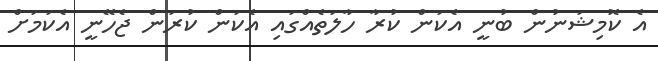
އެ ކޮމިޝަނުން ބުނީ އެކަން ކުރާ ހާލަތެއްގައި އެކަން ކުރަން ޖެހޭނީ އެކަމަށް